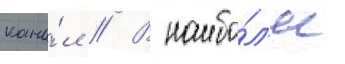
кана́л // В наибо́л'ее